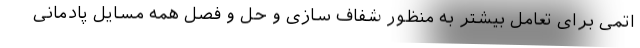
اتمی برای تعامل بیشتر به منظور شفاف سازی و حل و فصل همه مسایل پادمانی